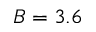
B = 3 . 6